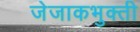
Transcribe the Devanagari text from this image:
जेजाकभुक्ती